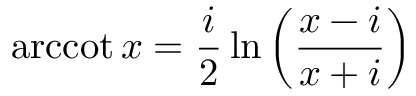
\operatorname { a r c c o t } x = { \frac { i } { 2 } } \ln \left( { \frac { x - i } { x + i } } \right)